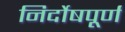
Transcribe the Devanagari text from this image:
निर्दोषपूर्ण